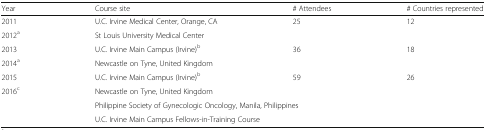
<table><thead><tr><td><b>Year</b></td><td><b>Course site</b></td><td><b># Attendees</b></td><td><b># Countries represented</b></td></tr></thead><tbody><tr><td>2011</td><td>U.C. Irvine Medical Center, Orange, CA</td><td>25</td><td>12</td></tr><tr><td>2012<sup>a</sup></td><td colspan="3">St Louis University Medical Center</td></tr><tr><td>2013</td><td>U.C. Irvine Main Campus (Irvine)<sup>b</sup></td><td>36</td><td>18</td></tr><tr><td>2014<sup>a</sup></td><td colspan="3">Newcastle on Tyne, United Kingdom</td></tr><tr><td>2015</td><td>U.C. Irvine Main Campus (Irvine)<sup>b</sup></td><td>59</td><td>26</td></tr><tr><td rowspan="3">2016<sup>c</sup></td><td colspan="3">Newcastle on Tyne, United Kingdom</td></tr><tr><td colspan="3">Philippine Society of Gynecologic Oncology, Manila, Philippines</td></tr><tr><td colspan="3">U.C. Irvine Main Campus Fellows-in-Training Course</td></tr></tbody></table>